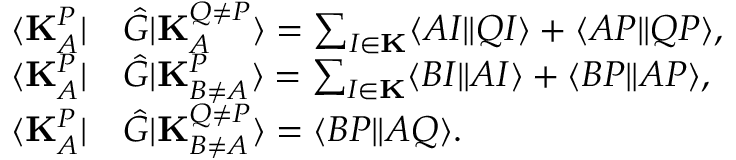
\begin{array} { r l } { \langle \mathbf { K } _ { A } ^ { P } | } & { { } \hat { G } | \mathbf { K } _ { A } ^ { Q \neq P } \rangle = \sum _ { I \in \mathbf { K } } \langle A I \| Q I \rangle + \langle A P \| Q P \rangle , } \\ { \langle \mathbf { K } _ { A } ^ { P } | } & { { } \hat { G } | \mathbf { K } _ { B \neq A } ^ { P } \rangle = \sum _ { I \in \mathbf { K } } \langle B I \| A I \rangle + \langle B P \| A P \rangle , } \\ { \langle \mathbf { K } _ { A } ^ { P } | } & { { } \hat { G } | \mathbf { K } _ { B \neq A } ^ { Q \neq P } \rangle = \langle B P \| A Q \rangle . } \end{array}